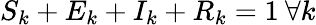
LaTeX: S_{k}+E_{k}+I_{k}+R_{k}=1\: \forall k